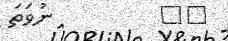
٢١         ނުވަތަ